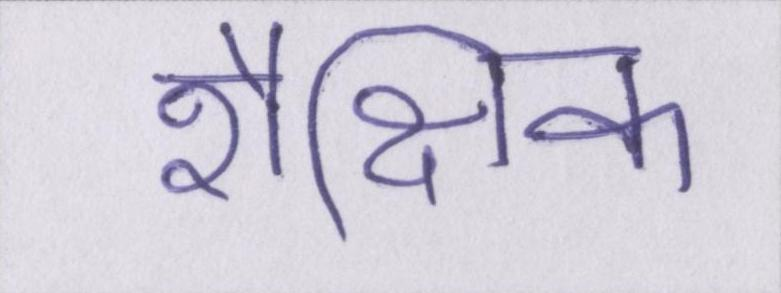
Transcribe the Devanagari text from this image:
शैक्षिक